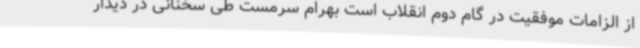
از الزامات موفقیت در گام دوم انقلاب است بهرام سرمست طی سخنانی در دیدار